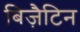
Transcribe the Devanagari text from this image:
बिज़ैटिन